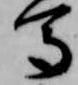
馬